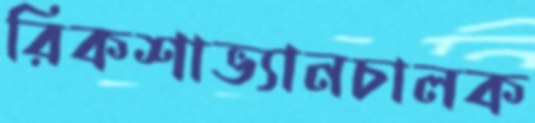
রিকশাভ্যানচালক